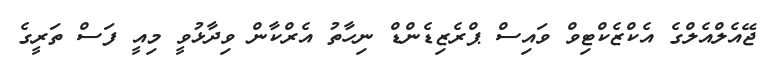
ޖޭއެލްއެލްގެ އެކްޒެކްޓިވް ވައިސް ޕްރެޒިޑެންޑް ނިހާތު އެރްކާން ވިދާޅުވީ މިއީ ފަސް ތަރީގެ